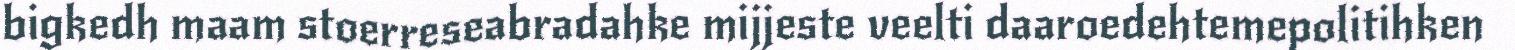
bigkedh maam stoerreseabradahke mijjeste veelti daaroedehtemepolitihken